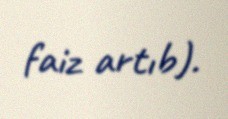
faiz artıb).